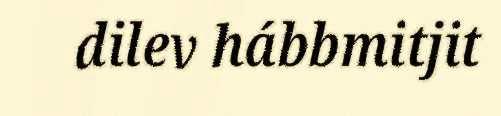
dilev hábbmitjit